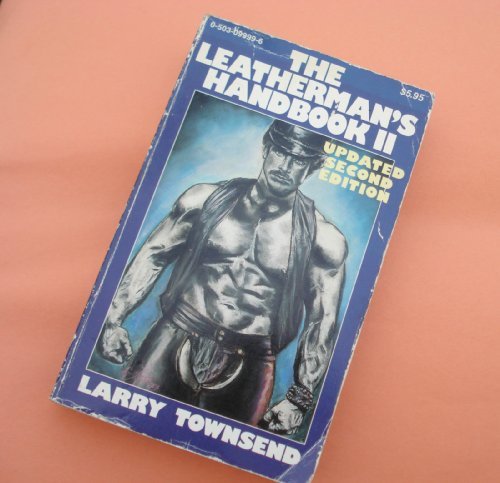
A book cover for The Leatherman's Handbook II; Larry Townsend; Gay & Lesbian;